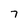
Character: 7